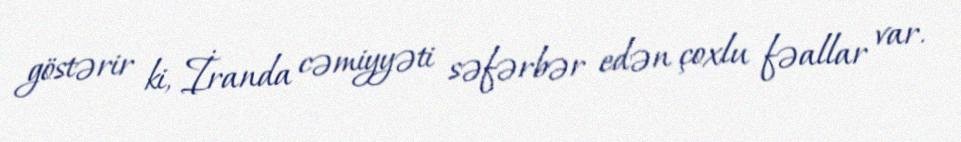
göstərir ki, İranda cəmiyyəti səfərbər edən çoxlu fəallar var.